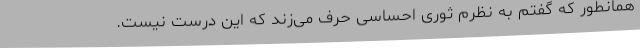
همانطور که گفتم به نظرم ثوری احساسی حرف می‌زند که این درست نیست.